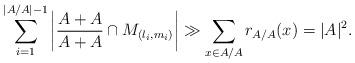
LaTeX: \begin{align*}\sum_{i=1}^{|A/A|-1}\left|\frac{A+A}{A+A}\cap{M_{(l_i,m_i)}}\right|\gg{\sum_{x\in{A/A}}r_{A/A}(x)}=|A|^2.\end{align*}